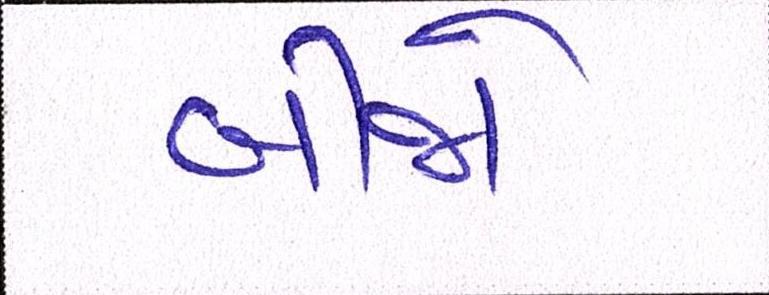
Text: બીજો